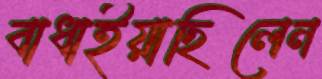
বাধাইয়াছিলেন